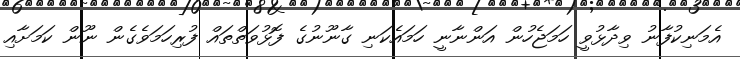
އެމަނިކުފާނު ވިދާޅުވީ ހަމަޖެހުން އަންނާނީ ހަމައެކަނި ގާނޫނުގެ ފޮޅުވަތްތައް ފުރިހަމަވެގެން ނޫން ކަމަށާއި